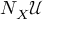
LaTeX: N _ { X } { \mathcal { U } }